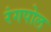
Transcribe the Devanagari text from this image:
रंगपोल